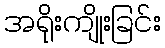
အရိုးကျိုးခြင်း